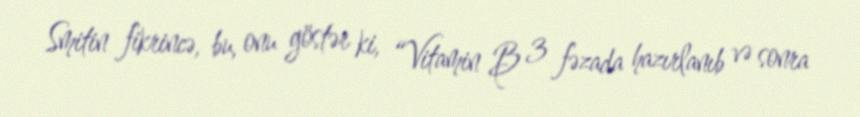
Smitin fikrincə, bu, onu göstər ki, “Vitamin B 3 fəzada hazırlanıb və sonra